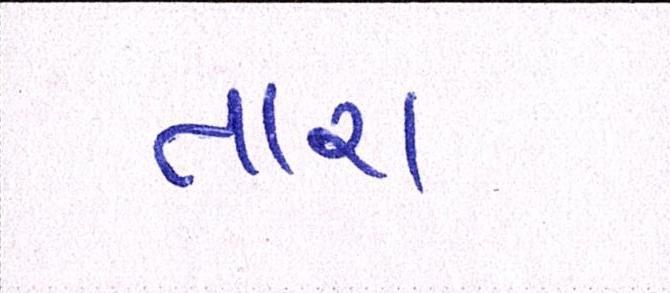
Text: તારા